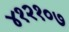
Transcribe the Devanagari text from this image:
४१२१०७